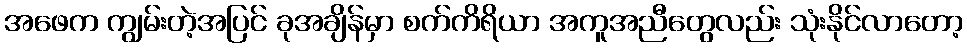
အဖေက ကျွမ်းတဲ့အပြင် ခုအချိန်မှာ စက်ကိရိယာ အကူအညီတွေလည်း သုံးနိုင်လာတော့